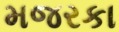
મજરકા